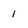
Character: 1